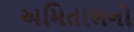
અમિતાભનો